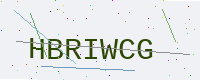
Text: HBRIWCG